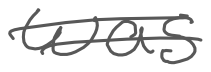
Text: was
Cross-out: mix
Writing tool: digital_gray